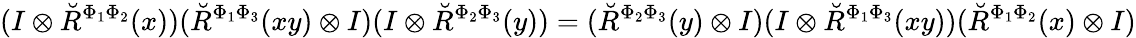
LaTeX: (I\otimes\breve{R}^{\Phi_{1}\Phi_{2}}(x))(\breve{R}^{\Phi_{1}\Phi_{3}}(xy)\otimes I)(I\otimes\breve{R}^{\Phi_{2}\Phi_{3}}(y))=(\breve{R}^{\Phi_{2}\Phi_{3}}(y)\otimes I)(I\otimes\breve{R}^{\Phi_{1}\Phi_{3}}(xy))(\breve{R}^{\Phi_{1}\Phi_{2}}(x)\otimes I)